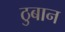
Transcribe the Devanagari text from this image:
ठुबान